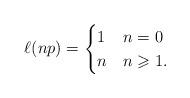
LaTeX: \begin{align*} \ell(np) = \begin{cases} 1 & n=0\\ n & n\geqslant1. \end{cases} \end{align*}